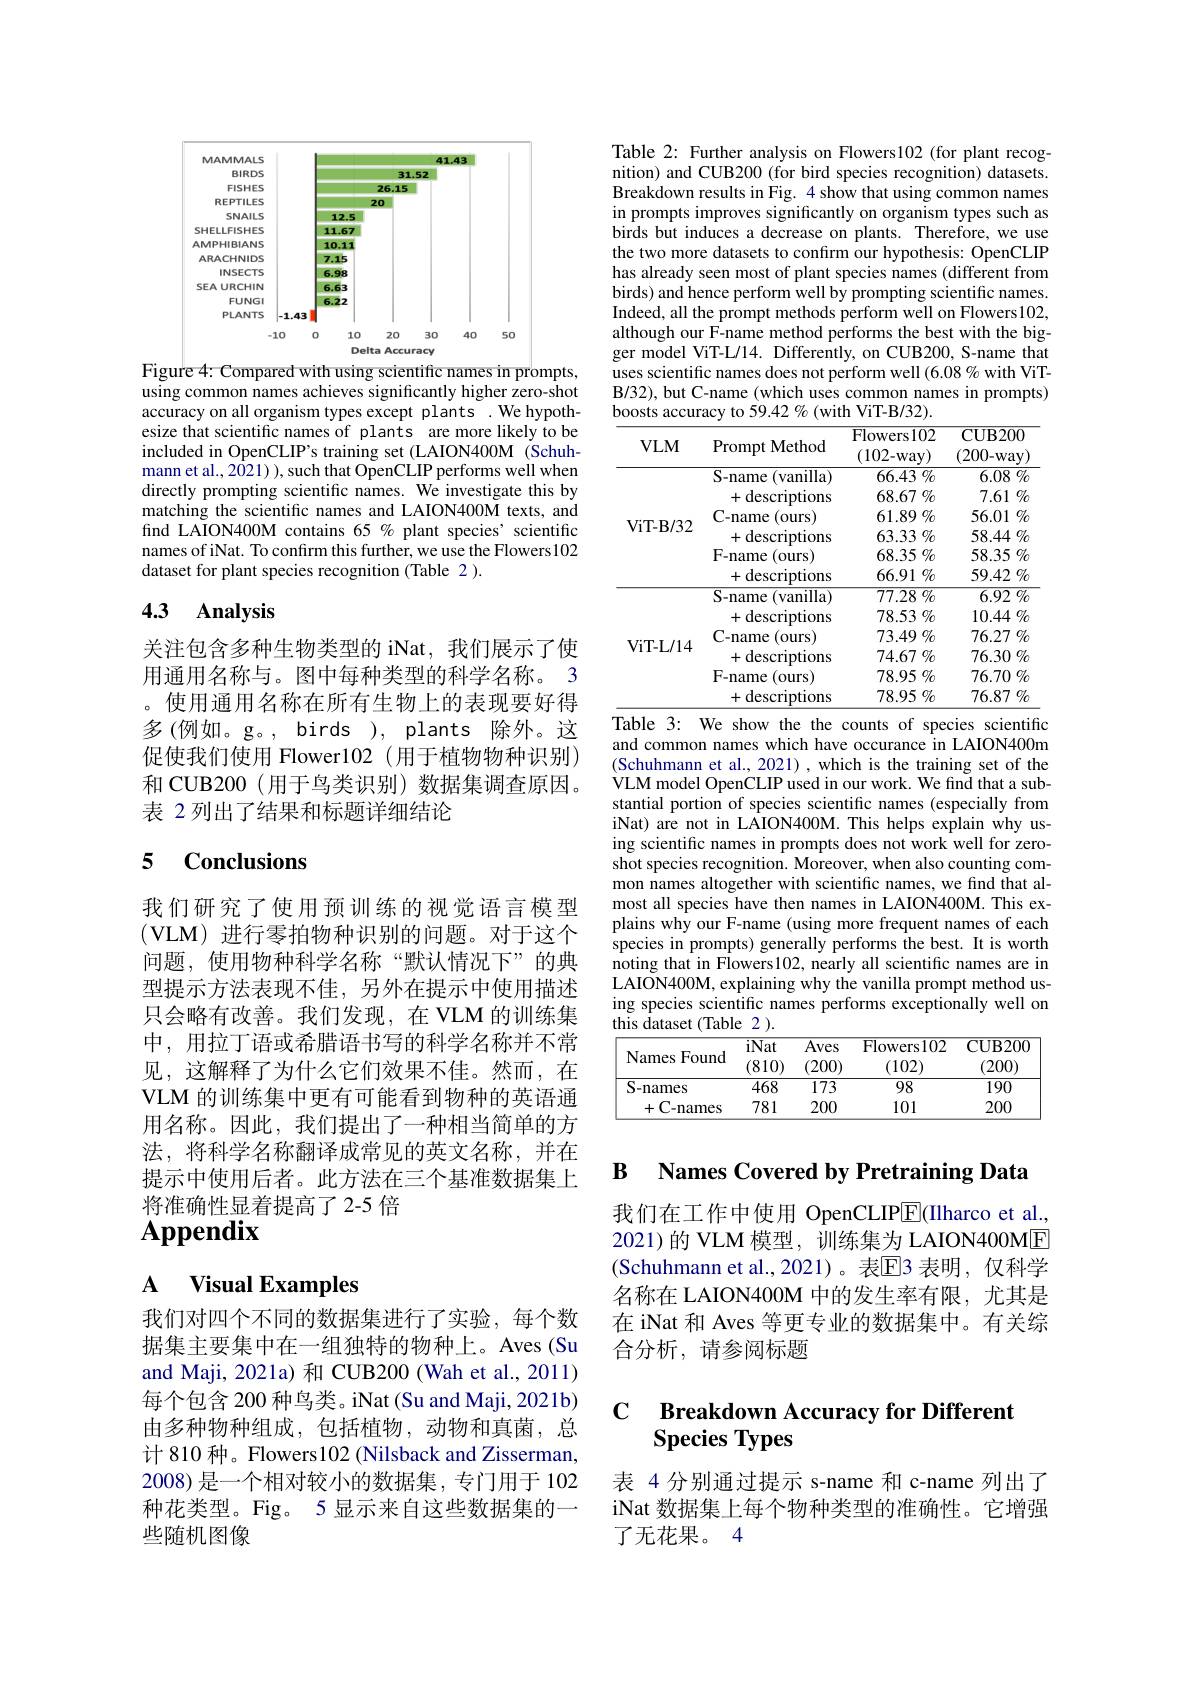
<FigureHere>

Figure 4: Compared with using scientific names in prompts, using common names achieves significantly higher zero-shot accuracy on all organism types except plants .We hypothesize that scientific names of plants are more likely to be included in OpenCLIP's training set (LAION400M (Schuhmann et al., 2021) ), such that OpenCLIP performs well when directly prompting scientific names. We investigate this by matching the scientific names and LAION400M texts, and find LAION400M contains 65 % plant species' scientific names of iNat. To confirm this further, we use the Flowers 102 dataset for plant species recognition (Table 2).

## 4.3 Analysis

关注包含多种生物类型的 iNat,我们展示了使用通用名称与。图中每种类型的科学名称。3 。使用通用名称在所有生物上的表现要好得多(例如。g。,birds),plants 除外。这促使我们使用 Flower102(用于植物物种识别) 和 CUB200 (用于鸟类识别) 数据集调查原因。表 2 列出了结果和标题详细结论

### 5 Conclusions

我们研究了使用预训练的视觉语言模型(VLM)进行零拍物种识别的问题。对于这个问题，使用物种科学名称“默认情况下”的典型提示方法表现不佳，另外在提示中使用描述只会略有改善。我们发现，在 VLM 的训练集中，用拉丁语或希腊语书写的科学名称并不常见，这解释了为什么它们效果不佳。然而，在VLM 的训练集中更有可能看到物种的英语通用名称。因此，我们提出了一种相当简单的方法，将科学名称翻译成常见的英文名称，并在提示中使用后者。此方法在三个基准数据集上将准确性显着提高了2-5 倍
$\mathbf{Appendix}$

# A Visual Examples

我们对四个不同的数据集进行了实验，每个数据集主要集中在一组独特的物种上。Aves(Su and Maji, 2021a) 和 CUB200 (Wah et al., 2011) 每个包含 200 种鸟类。iNat(Su and Maji, 2021b) 由多种物种组成，包括植物，动物和真菌，总计 810 种。Flowers102 (Nilsback and Zisserman, 2008) 是一个相对较小的数据集，专门用于 102种花类型。Fig。5 显示来自这些数据集的一些随机图像

Table 2: Further analysis on Flowers102 (for plant recognition) and CUB200 (for bird species recognition) datasets. Breakdown results in Fig. 4 show that using common names in prompts improves significantly on organism types such as birds but induces a decrease on plants. Therefore, we use the two more datasets to confirm our hypothesis: OpenCLIP has already seen most of plant species names (different from birds) and hence perform well by prompting scientific names. Indeed, all the prompt methods perform well on Flowers102, although our F-name method performs the best with the bigger model ViT-L/14. Differently, on CUB200, S-name that uses scientific names does not perform well (6.08% with ViTB/32), but C-name (which uses common names in prompts) boosts accuracy to 59.42 % (with ViT-B/32).

<table>
	<tbody>
		<tr>
			<th>$VLM$</th>
			<th>Prompt Method</th>
			<th>${\mathrm{Flowers102}}$ (102-way)</th>
			<th>$\overline{{\mathrm{CUB200}}}$ $(200-way)$</th>
		</tr>
		<tr>
			<td rowspan="6">ViT- B/ 32</td>
			<td>S-name (vanilla)</td>
			<td>66.43 $\%$</td>
			<td>6.08 $\%$</td>
		</tr>
		<tr>
			<td>descriptions +</td>
			<td>68.67 $\%$</td>
			<td>$7.61\%$</td>
		</tr>
		<tr>
			<td>C-name $(ours$</td>
			<td>$61.89\%$</td>
			<td>56.01 $\mathscr{O}_{\boldsymbol{C}}$ 1</td>
		</tr>
		<tr>
			<td>descriptions +</td>
			<td>63.33 $\%$</td>
			<td>$58.44\%$</td>
		</tr>
		<tr>
			<td>F- name $(0urs$</td>
			<td>68.35 $\%$</td>
			<td>58.35 $\%$</td>
		</tr>
		<tr>
			<td>+( descriptions</td>
			<td>$66.91\%$</td>
			<td>59.42 $\%$</td>
		</tr>
		<tr>
			<td rowspan="6">ViT- L/ 14</td>
			<td>S-name (vanilla)</td>
			<td>$77.28\%$</td>
			<td>6.92 $\%$</td>
		</tr>
		<tr>
			<td>+( descriptions</td>
			<td>78.53 $\%$</td>
			<td>10.44 $\%$</td>
		</tr>
		<tr>
			<td>C-name (ours</td>
			<td>$73.49\%$</td>
			<td>76.27 $\%$</td>
		</tr>
		<tr>
			<td>+( descriptions</td>
			<td>74.67 $\%$</td>
			<td>76.30 $\%$</td>
		</tr>
		<tr>
			<td>F- name (ours</td>
			<td>78.95 $\%$</td>
			<td>76.70 $\%$</td>
		</tr>
		<tr>
			<td>+( descriptions</td>
			<td>78.95 $\%$</td>
			<td>76.87 $\%$</td>
		</tr>
	</tbody>
</table>
$\overline{\text{Table 3: We show the the counts of species scientific}}$

and common names which have occurance in LAION400m (Schuhmann et al., 2021) , which is the training set of the VLM model OpenCLIP used in our work. We find that a substantial portion of species scientific names (especially from iNat) are not in LAION400M. This helps explain why us- ing scientific names in prompts does not work well for zeroshot species recognition. Moreover, when also counting common names altogether with scientific names, we find that almost all species have then names in LAION400M. This explains why our F-name (using more frequent names of each species in prompts) generally performs the best. It is worth noting that in Flowers102, nearly all scientific names are in LAION400M, explaining why the vanilla prompt method using species scientific names performs exceptionally well on this dataset(Table 2 ).

<table>
	<tbody>
		<tr>
			<th>Names Found</th>
			<th>iNat (810)</th>
			<th>$\overline{\mathrm{Aves}}$ 200)</th>
			<th>Flowers102 (102)</th>
			<th>$\mathbf{CUB200}$ (200)</th>
		</tr>
		<tr>
			<td>S-names</td>
			<td>468</td>
			<td>173</td>
			<td>98</td>
			<td>190</td>
		</tr>
		<tr>
			<td>C-names +</td>
			<td>781</td>
			<td>200</td>
			<td>101</td>
			<td>200</td>
		</tr>
	</tbody>
</table>

# B Names Covered by Pretraining Data

我们在工作中使用 OpenCLIPE(IIharco et al., 2021)的 VLM 模型，训练集为 LAION400ME (Schuhmann et al., 2021)。表E3 表明，仅科学名称在 LAION400M 中的发生率有限，尤其是在 iNat 和 Aves 等更专业的数据集中。有关综合分析，请参阅标题

### $\mathbf{C}$ Breakdown Accuracy for Different Species Types

表 4 分别通过提示 s-name 和 c-name 列出了iNat 数据集上每个物种类型的准确性。它增强了无花果。4